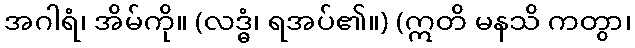
အဂါရံ၊ အိမ်ကို။ (လဒ္ဓံ၊ ရအပ်၏။) (ဣတိ မနသိ ကတွာ၊